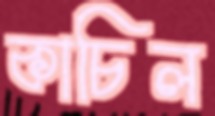
কাচিল